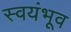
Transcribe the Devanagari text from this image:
स्वयंभूव